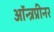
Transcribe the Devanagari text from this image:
ऑन्त्रप्रीनर